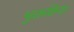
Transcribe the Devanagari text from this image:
भुक्तक्रिया